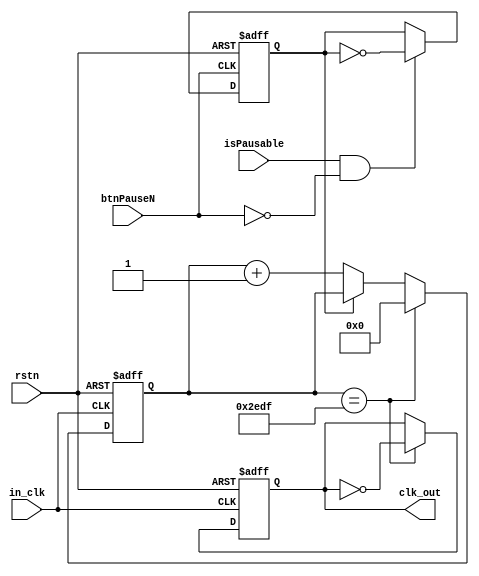
`timescale 1ns / 1ps
module clk_tree #(parameter COUNTER = 12000)(
    input in_clk,
    input rstn,
    input btnPauseN,
    input isPausable,
    output clk_out
);

reg [13:0]cnter;   // 12Mhz/(500Hz*2) =  12_000(14 bits);
reg internal_hz; 

assign clk_out = internal_hz;

reg pause = 0;

always@(posedge in_clk, negedge rstn)begin
    if(!rstn)begin              //Non-Sync Reset
        internal_hz <= 1'b0;    //Set 500hz clock as '0' to avoid any uncertain status;        
        cnter <= 14'd0; //Clear counter
    end
    else begin
        if(cnter == COUNTER-1'b1)begin   //When counter reach 12_000
            internal_hz <= ~internal_hz;        //Toggle 500Hz CLk reg;
            cnter <= 14'd0;             //Clear counter
        end
        else if(!pause)
            cnter <= cnter +1'b1; //Counter
    end
end

always@(negedge rstn, negedge btnPauseN)
begin
    if(!rstn)begin
        pause <= 0;
    end
    else
    begin
    if(isPausable == 1 && !btnPauseN) pause <= ~pause;
    else pause <= pause;
    end  
end

endmodule